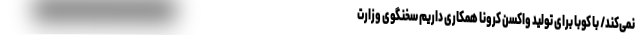
نمی‌کند/ با کوبا برای تولید واکسن کرونا همکاری داریم سخنگوی وزارت